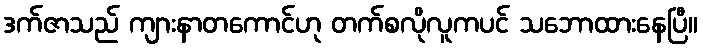
ဒက်ဇာသည် ကျားနာတကောင်ဟု တက်စလိုလူကပင် သဘောထားနေပြီ။